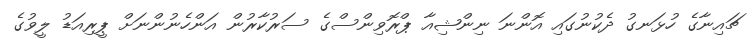
ޗައިނާގެ ހުޅަނގު ދެކުނުގައި އޮންނަ ނިންޝިއާ ޕްރޮވިންސްގެ ސަރުކާރުން އަންހެނުންނަށް ޕީރިއަޑު ލީވުގެ